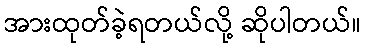
အားထုတ်ခဲ့ရတယ်လို့ ဆိုပါတယ်။